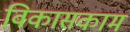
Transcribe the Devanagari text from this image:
विकासकाम